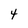
Character: 4